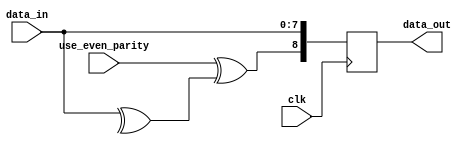
module calculate_parity
#(
parameter width = 8
)
(
input clk,
input [width-1:0] data_in,
output [width:0] data_out,
input use_even_parity
);

always @(posedge clk)
begin
   data_out <= {(use_even_parity^(^data_in)),data_in};
end

endmodule